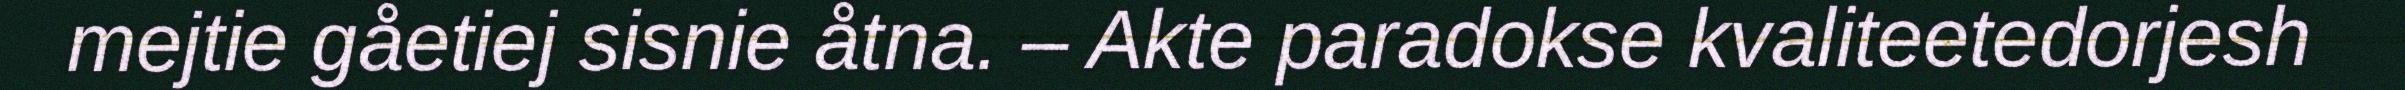
mejtie gåetiej sisnie åtna. – Akte paradokse kvaliteetedorjesh